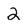
Character: 2